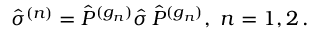
{ \hat { \sigma } } ^ { ( n ) } = { \hat { P } } ^ { ( g _ { n } ) } { \hat { \sigma } } \, { \hat { P } } ^ { ( g _ { n } ) } , \, \, n = 1 , 2 \, .